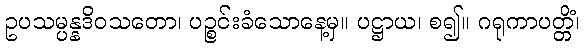
ဥပသမ္ပန္နဒိဝသတော၊ ပဉ္စင်းခံသောနေ့မှ။ ပဋ္ဌာယ၊ စ၍။ ဂရုကာပတ္တိံ၊